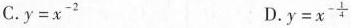
C. $$y=x^{-2}$$ D. $$y=x^{- \frac{1}{4}}$$